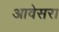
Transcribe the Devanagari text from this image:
आवेसरा